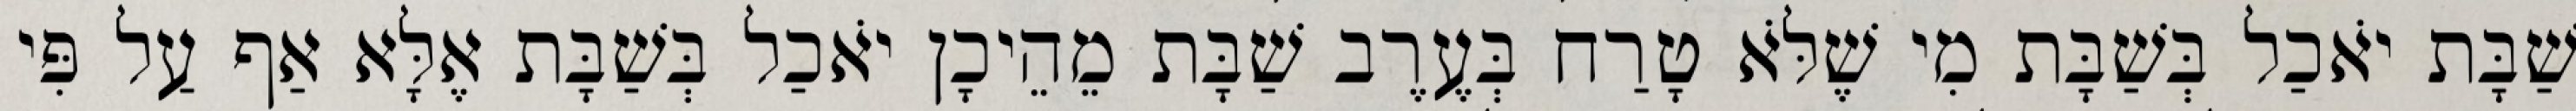
שַׁבָּת יֹאכַל בְּשַׁבָּת מִי שֶׁלֹּא טָרַח בְּעֶרֶב שַׁבָּת מֵהֵיכָן יֹאכַל בְּשַׁבָּת אֶלָּא אַף עַל פִּי